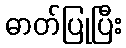
ဓာတ်ပြုပြီး